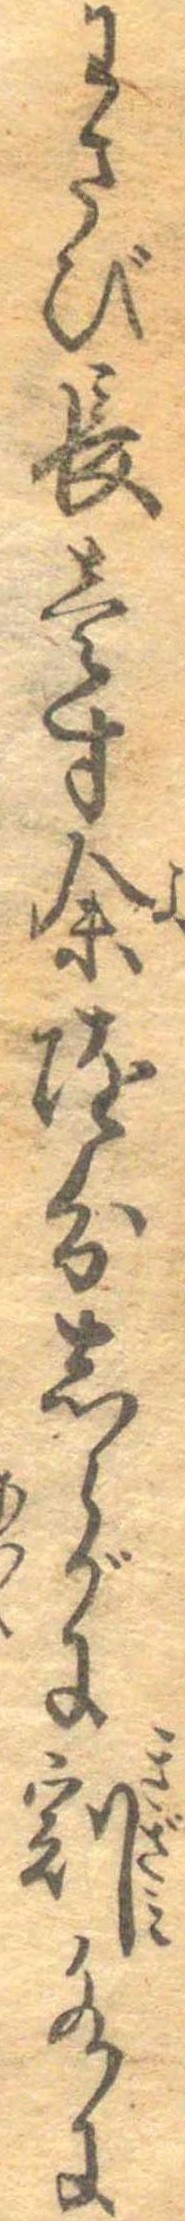
わさび長壱寸余随分しらがに割水に